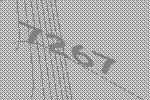
7267